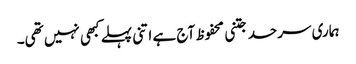
ہماری سرحد جتنی محفوظ آج ہے اتنی پہلے کبھی نہیں تھی۔